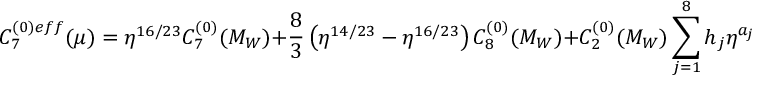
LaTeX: C _ { 7 } ^ { ( 0 ) e f f } ( \mu ) = \eta ^ { 1 6 / 2 3 } C _ { 7 } ^ { ( 0 ) } ( M _ { W } ) + \frac { 8 } { 3 } \left( \eta ^ { 1 4 / 2 3 } - \eta ^ { 1 6 / 2 3 } \right) C _ { 8 } ^ { ( 0 ) } ( M _ { W } ) + C _ { 2 } ^ { ( 0 ) } ( M _ { W } ) \sum _ { j = 1 } ^ { 8 } h _ { j } \eta ^ { a _ { j } } \ .